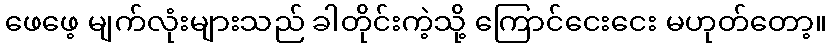
ဖေဖေ့ မျက်လုံးများသည် ခါတိုင်းကဲ့သို့ ကြောင်ငေးငေး မဟုတ်တော့။